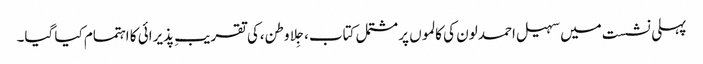
پہلی نشست میں سہیل احمد لون کی کالموں پر مشتمل کتاب،جِلا وطن،کی تقریبِ پذیرائی کا اہتمام کیا گیا۔